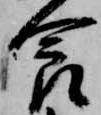
食